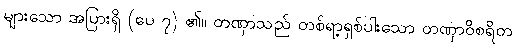
များသော အပြားရှိ (ပေ ၇) ၏။ တဏှာသည် တစ်ရာ့ရှစ်ပါးသော တဏှာဝိစရိတ